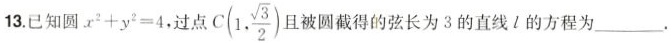
13.已知圆$$x^{2}+y^{2}=4$$，过点C(1, \frac{\sqrt{3}}{2})且被圆截得的弦长为3的直线l的方程为___.